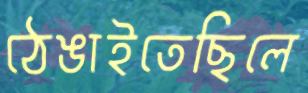
ঠেঙাইতেছিলে